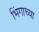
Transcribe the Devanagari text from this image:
भिंगाच्या